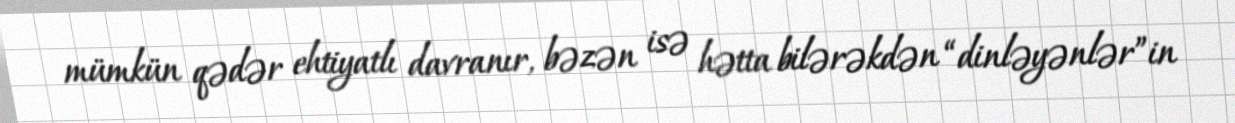
mümkün qədər ehtiyatlı davranır, bəzən isə hətta bilərəkdən “dinləyənlər”in